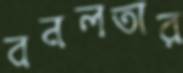
বনলতার